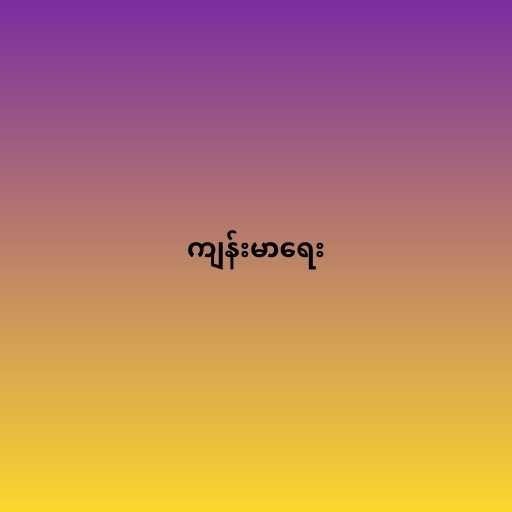
ကျန်းမာရေး